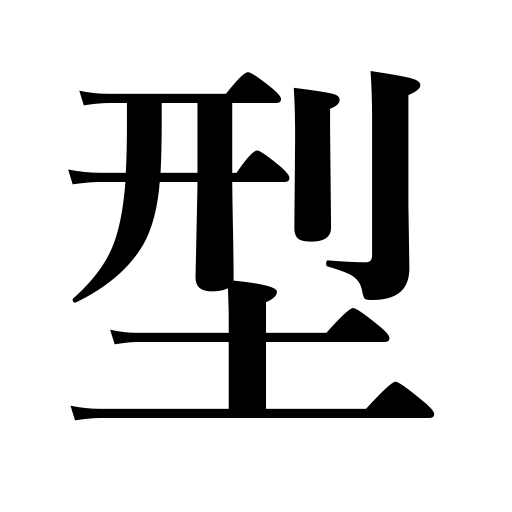
Meanings: pattern,type,matrix,usage,style,mold,set form,model,impression,make